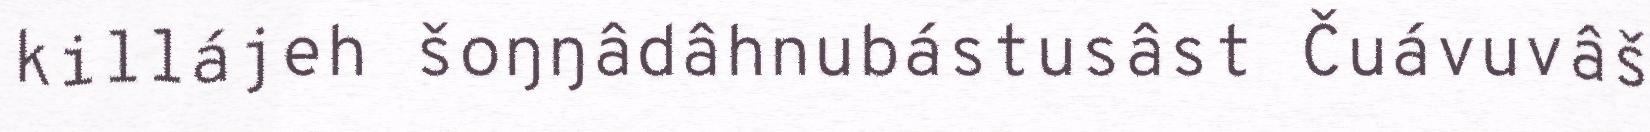
killájeh šoŋŋâdâhnubástusâst Čuávuvâš